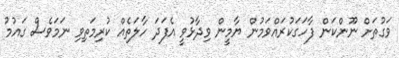
ވަގުތަށް ނޫންކަން ފާހަގަކުރައްވަމުން ޔާމީން ވިދާޅުވީ އެފަދަ ހާލަތެއް ކުރިމަތިވި ނަމަވެސް ގައުމު